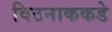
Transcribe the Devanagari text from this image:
विठनाककडे